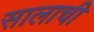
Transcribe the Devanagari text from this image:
सालाची